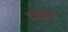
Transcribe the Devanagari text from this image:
छोड़न